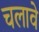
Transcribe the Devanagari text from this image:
चलावे